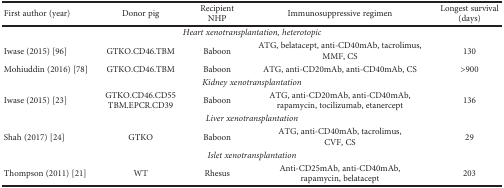
| First author (year) | Donor pig | Recipient NHP | Immunosuppressive regimen | Longest survival (days) |
 | --- | --- | --- | --- | --- |
 | <COLSPAN=5> Heart xenotransplantation, heterotopic |
 | Iwase (2015) [96] | GTKO.CD46.TBM | Baboon | ATG, belatacept, anti-CD40mAb, tacrolimus, MMF, CS | 130 |
 | Mohiuddin (2016) [78] | GTKO.CD46.TBM | Baboon | ATG, anti-CD20mAb, anti-CD40mAb, CS | >900 |
 | <COLSPAN=5> Kidney xenotransplantation |
 | Iwase (2015) [23] | GTKO.CD46.CD55 TBM.EPCR.CD39 | Baboon | ATG, anti-CD20mAb, anti-CD40mAb, rapamycin, tocilizumab, etanercept | 136 |
 | <COLSPAN=5> Liver xenotransplantation |
 | Shah (2017) [24] | GTKO | Baboon | ATG, anti-CD40mAb, tacrolimus, CVF, CS | 29 |
 | <COLSPAN=5> Islet xenotransplantation |
 | Thompson (2011) [21] | WT | Rhesus | Anti-CD25mAb, anti-CD40mAb, rapamycin, belatacept | 203 |